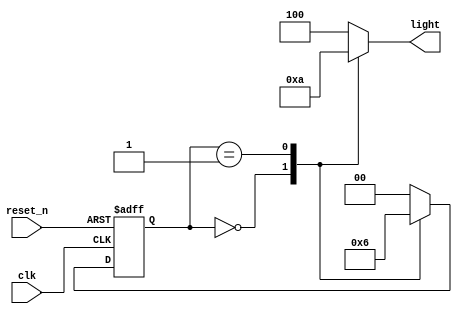
`timescale 1ns / 1ps
//////////////////////////////////////////////////////////////////////////////////
// Company: 
// Engineer: 
// 
// Design Name: 
// Module Name: cyclic_lamp
// Project Name: 
// Target Devices: 
// Tool Versions: 
// Description: 
// 
// Dependencies: 
// 
// Revision:
// Revision 0.01 - File Created
// Additional Comments:
// 
//////////////////////////////////////////////////////////////////////////////////


module cyclic_lamp(
    input clk,
    input reset_n,
    output reg [2:0] light
    );
reg [1:0] ps,ns;
parameter s0 = 2'b00;
parameter s1 = 2'b01;
parameter s2 = 2'b10;

parameter red =3'b100;
parameter yellow =3'b010;
parameter green =3'b001;
always @ (posedge clk, negedge reset_n)
begin
    if(!reset_n)
    ps <= s0;
    else
    ps <= ns;
end
always @ *
begin
    case(ps)
    s0:
    begin
        light <= green;
        ns <= s1;
    end
        s1:
    begin
        light<=yellow;
        ns <= s2;
    end
        s2:
    begin
        light<=red;
        ns <= s0;
    end
    default: 
    begin
        light<=red;
        ns <= s0;
    end
endcase
end
endmodule